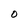
Character: U